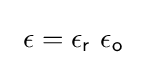
\ \epsilon =\epsilon _{\mathsf {r}}\ \epsilon _{\mathsf {o}}~